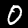
Label: 0